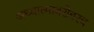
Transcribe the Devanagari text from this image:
अध्यात्माबरोबरच